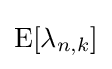
\operatorname {E} [\lambda _{n,k}]